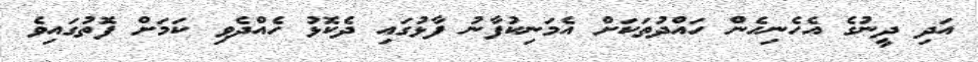
އަދި ދީނުގެ އެހެނިހެން ހައްދުތަކަށް އެމަނިކުފާނު ފާޅުގައި ދެކޮޅު ހެއްދެވި ކަމަށް ފޮތުގައިވެ